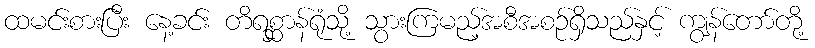
ထမင်းစားပြီး နေ့ခင်း တိရစ္ဆာန်ရုံသို့ သွားကြမည့်အစီအစဉ်ရှိသည်နှင့် ကျွန်တော်တို့